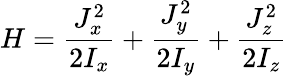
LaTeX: H=\frac{J_{x}^{2}}{2I_{x}}+\frac{J_{y}^{2}}{2I_{y}}+\frac{J_{z}^{2}}{2I_{z}}